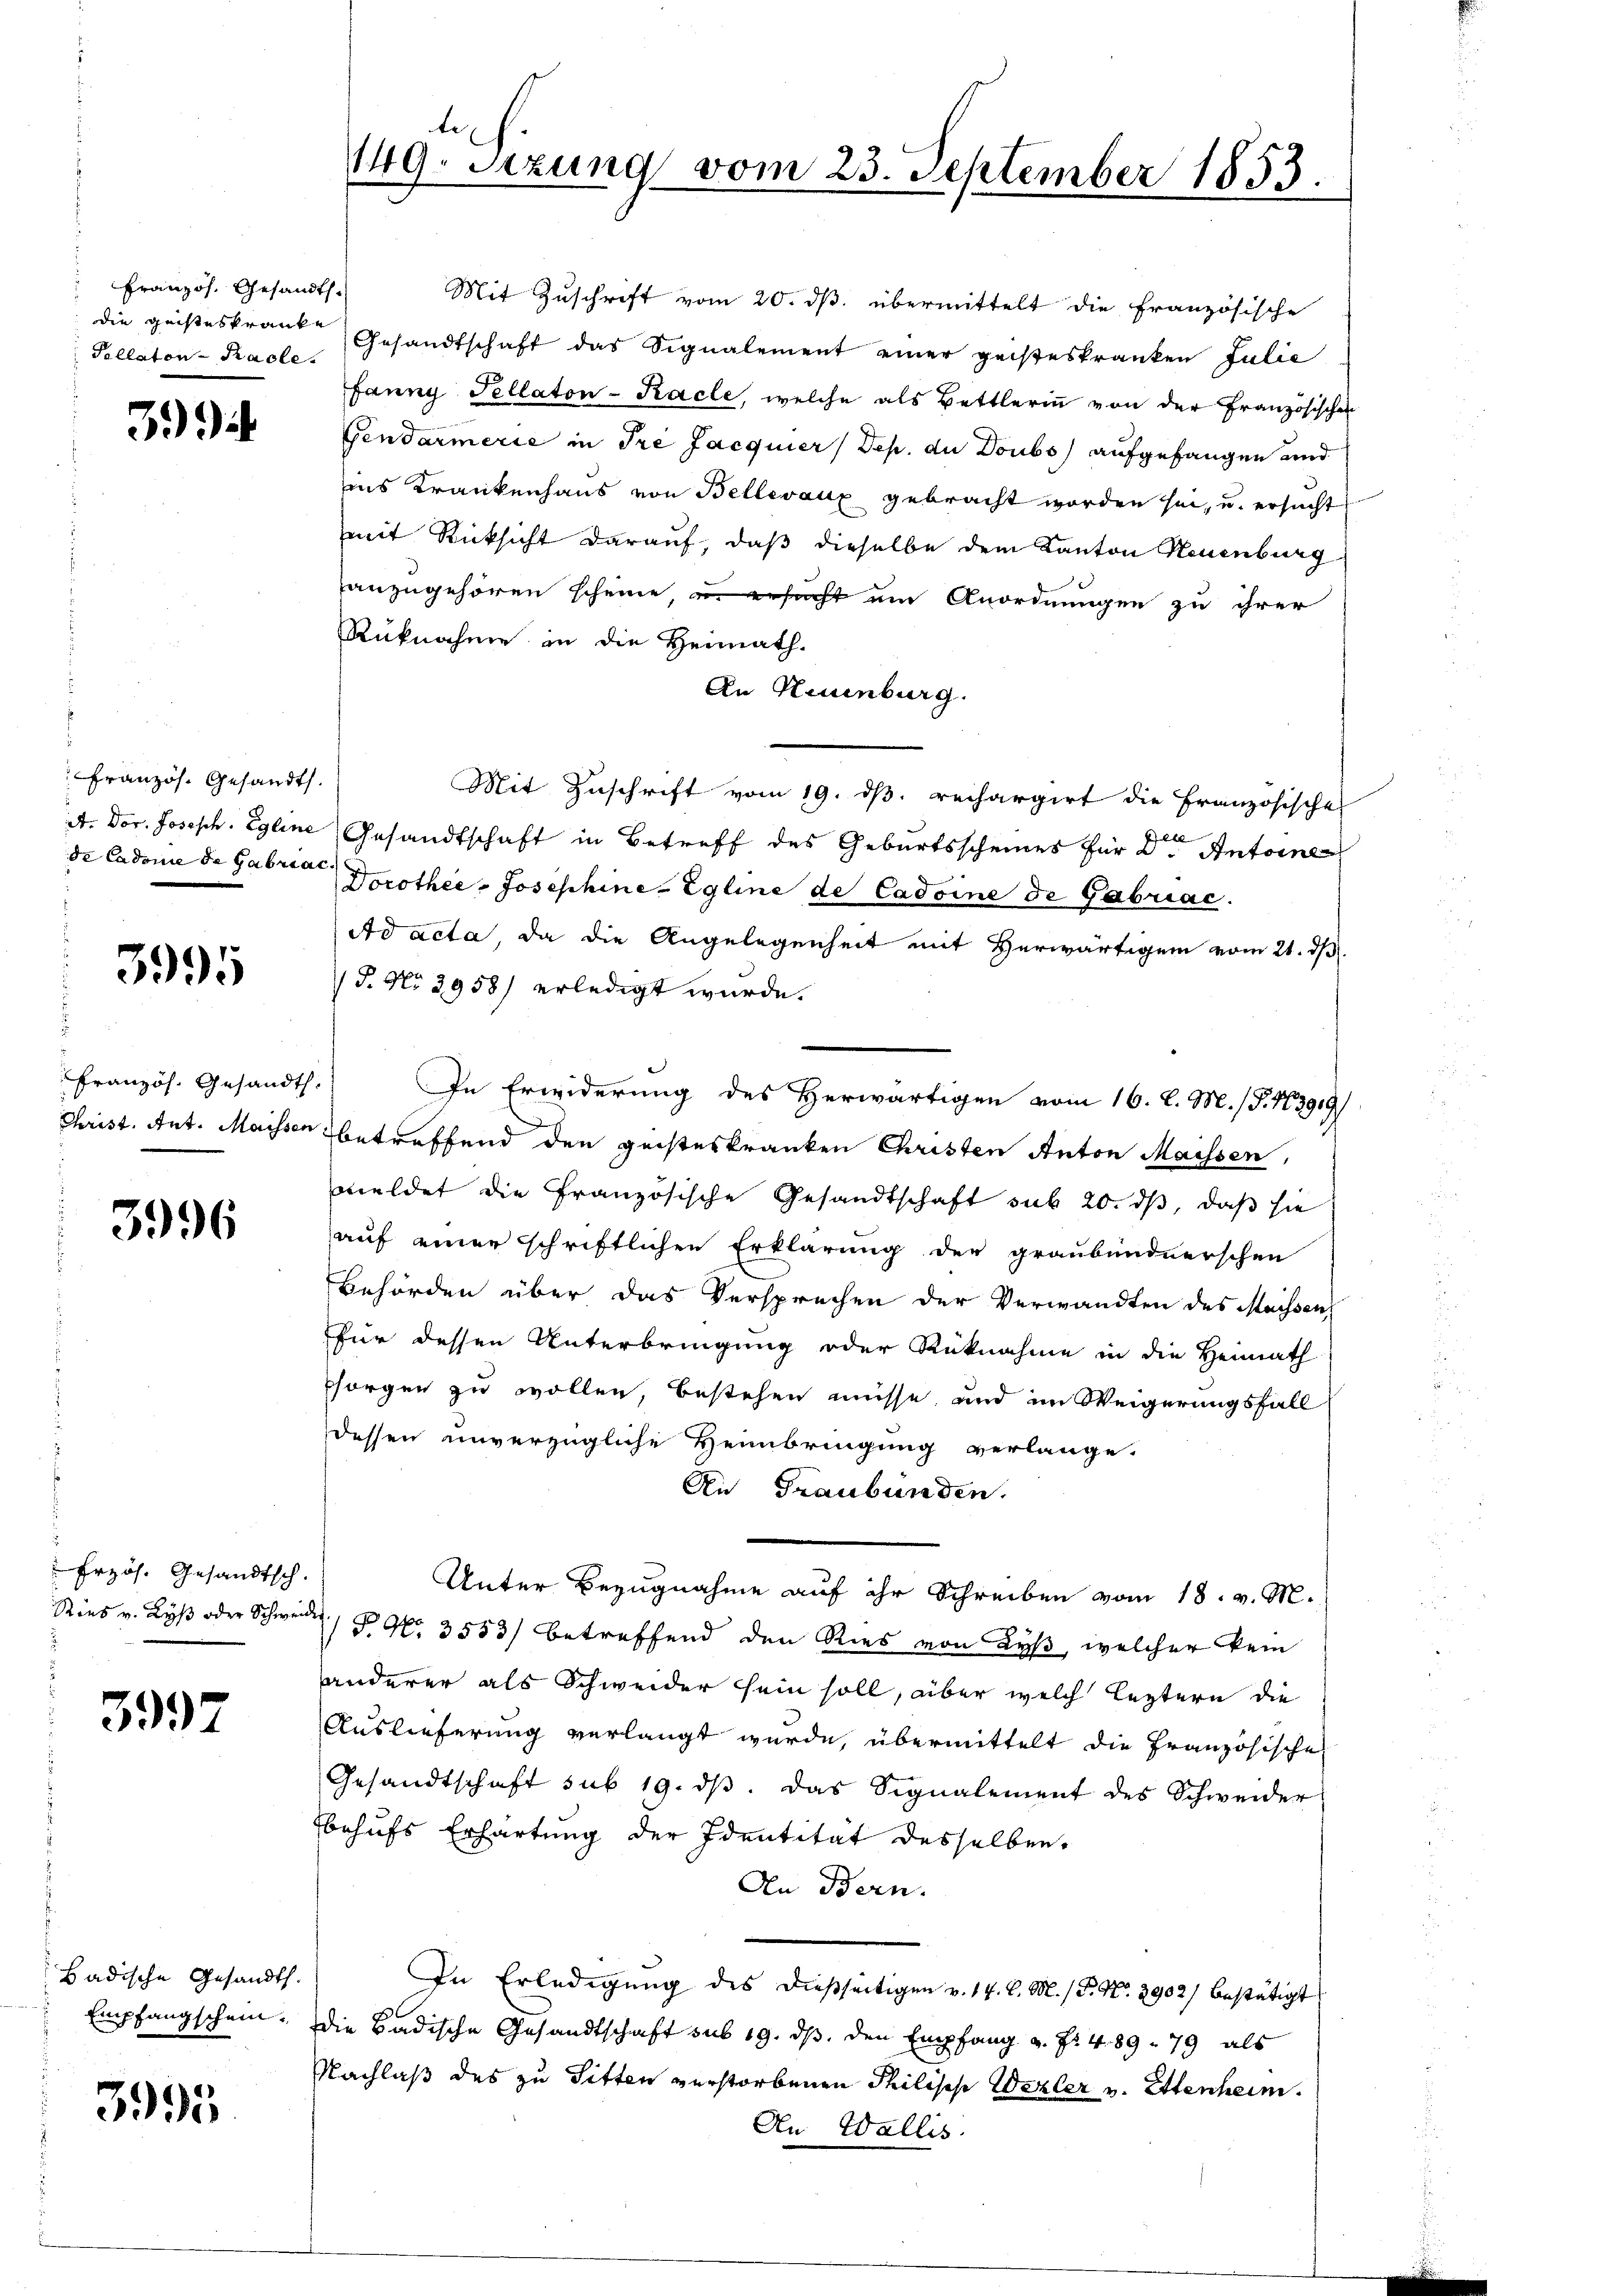
Französ. Gesandts.
Pellaton-Kacle

3994

Französ. Gesandt.

3995

d
Französ. Gesandt
Christ. Ant. Maissen

3996

Erzös. Gesandtsch.

3997

Badische Gesandt.
Empfangschein.

3995

149. Sitzung vom 23. September 1853.

Rüknahme in die Heimath.
An Neuenburg.
Mit Zuschrift vom 19. ds. rechargirt die Französische
it. Dor. Joseph. Egline Gesandtschaft in Betreff des Geburtsscheines für Dr Antoine
de Cadome de Gabria Dorothee Josephine Egline de Cadoine de Gabriac.
Ad acta, da die Angelegenheit mit Herwärtigem vom 21. ds.
P. No 3958) erledigt wurde.
.
In Erwiderung des Herwärtigen vom 16. v. M. (S. 163919/
betreffend den geisteskranken Christen Anton Massen,
weldet die Französische Gesandtschaft sub 20. ds, daß sie
auf einer schriftlichen Erklärung der graubündnerschen
Behörden über das Versprechen der Verwandten des Maissen
für dessen Unterbringung oder Rücknahme in die Heimath
psorgen zu wollen, bestehen müsse, und im Weigerungsfall
dessen unverzügliche Heimbringung verlange.
An Graubünden.
Unter Bezugnahme auf ihr Schreiben vom 18. v. M.
Sies v. Lyß oder Schweide P. Nr. 3553) betreffend den Ries von Lyß, welcher kein
anderer als Schweider sein soll, aber welch leztern die
Auslieferung verlangt wurde, übermittelt die Französische
Gesandtschaft sub 19. ds. das Signalement des Schweider
behufs Erhärtung der Identität desselben,
An Bern.
In Erledigung des dießseitigen v. 14. l. M. (T. No. 2902) bestätigt
die Badische Gesandtschaft sub 19. ds. den Empfang u. fr. 489. 79 als
Nachlaß des zu Titten verstorbenen Philische Wezler v. Ettenheim.
An Wallis.

Mit Zuschrift vom 20. ds. übermittelt die Französische
die geisteskraut Gesandtschaft das Signalement einer geisteskranken Julie
fanny Tellaton-Kacle, welche als Bettlerinn von der Französischen
Gendarmerie in Ire Jacquier/Dep. du Doubs) aufgefangen und
ins Krankenhaus von Bellevaux gebracht worden sei, u. ersucht
mit Rücksicht darauf, daß dieselbe dem Kanton Neuenburg
anzugehören scheine in gesucht um Anordnungen zu ihrer